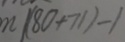
m \vert ( 8 0 + 7 1 ) - 1